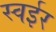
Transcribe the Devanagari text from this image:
स्वईर